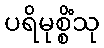
ပရိမုစ္စိံသု